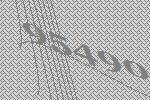
95490